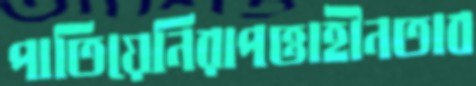
পাতিয়েনিরাপত্তাহীনতাব